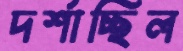
দর্শাচ্ছিল